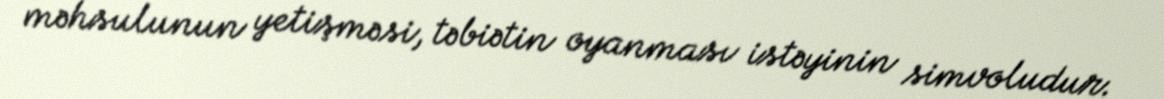
məhsulunun yetişməsi, təbiətin oyanması istəyinin simvoludur.